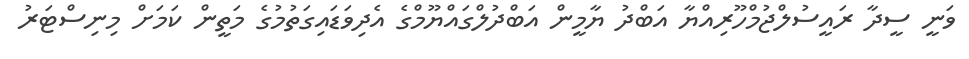
ވަނީ ސީދާ ރައީސުލްޖުމްހޫރިއްޔާ އަބްދު ޔާމީން އަބްދުލްގައްޔޫމްގެ އެދިވަޑައިގަތުމުގެ މަތީން ކަމަށް މިނިސްޓަރު